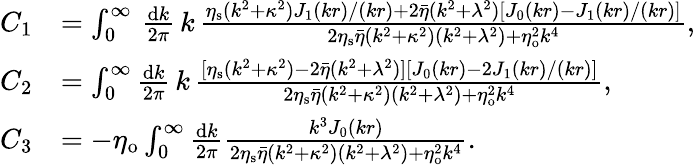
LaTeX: \begin{array}{rl}{C_{1}}&{=\int_{0}^{\infty}\, \frac{\mathrm{d}k}{2\pi}\, k\, \frac{\eta_{\mathrm{s}}(k^{2}+\kappa^{2})J_{1}(kr)/(kr)+2\bar{\eta}(k^{2}+\lambda^{2})[J_{0}(kr)-J_{1}(kr)/(kr)]}{2\eta_{\mathrm{s}}\bar{\eta}(k^{2}+\kappa^{2})(k^{2}+\lambda^{2})+\eta_{\mathrm{o}}^{2}k^{4}},}\\ {C_{2}}&{=\int_{0}^{\infty}\frac{\mathrm{d}k}{2\pi}\, k\, \frac{[\eta_{\mathrm{s}}(k^{2}+\kappa^{2})-2\bar{\eta}(k^{2}+\lambda^{2})][J_{0}(kr)-2J_{1}(kr)/(kr)]}{2\eta_{\mathrm{s}}\bar{\eta}(k^{2}+\kappa^{2})(k^{2}+\lambda^{2})+\eta_{\mathrm{o}}^{2}k^{4}},}\\ {C_{3}}&{=-\eta_{\mathrm{o}}\int_{0}^{\infty}\frac{\mathrm{d}k}{2\pi}\frac{k^{3}J_{0}(kr)}{2\eta_{\mathrm{s}}\bar{\eta}(k^{2}+\kappa^{2})(k^{2}+\lambda^{2})+\eta_{\mathrm{o}}^{2}k^{4}}.}\end{array}